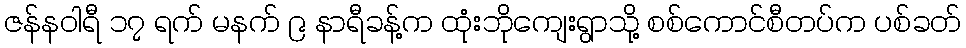
ဇန်နဝါရီ ၁၇ ရက် မနက် ၉ နာရီခန့်က ထုံးဘိုကျေးရွာသို့ စစ်ကောင်စီတပ်က ပစ်ခတ်